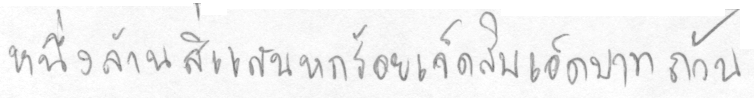
หนึ่งล้านสี่แสนหกร้อยเจ็ดสิบเอ็ดบาทถ้วน